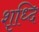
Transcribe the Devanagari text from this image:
शृध्दि